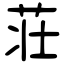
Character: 荘